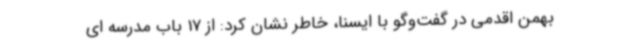
بهمن اقدمی در گفت‌وگو با ایسنا، خاطر نشان کرد: از 17 باب مدرسه ای